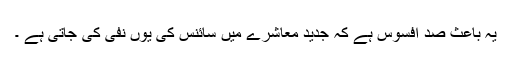
یہ باعثِ صد افسوس ہے کہ جدید معاشرے میں سائنس کی یوں نفی کی جاتی ہے ۔